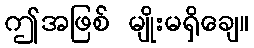
ဤအဖြစ် မျိုးမရှိချေ။